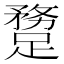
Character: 𨄝